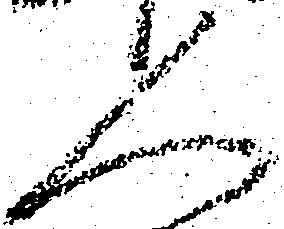
人